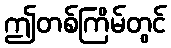
ဤတစ်ကြိမ်တွင်